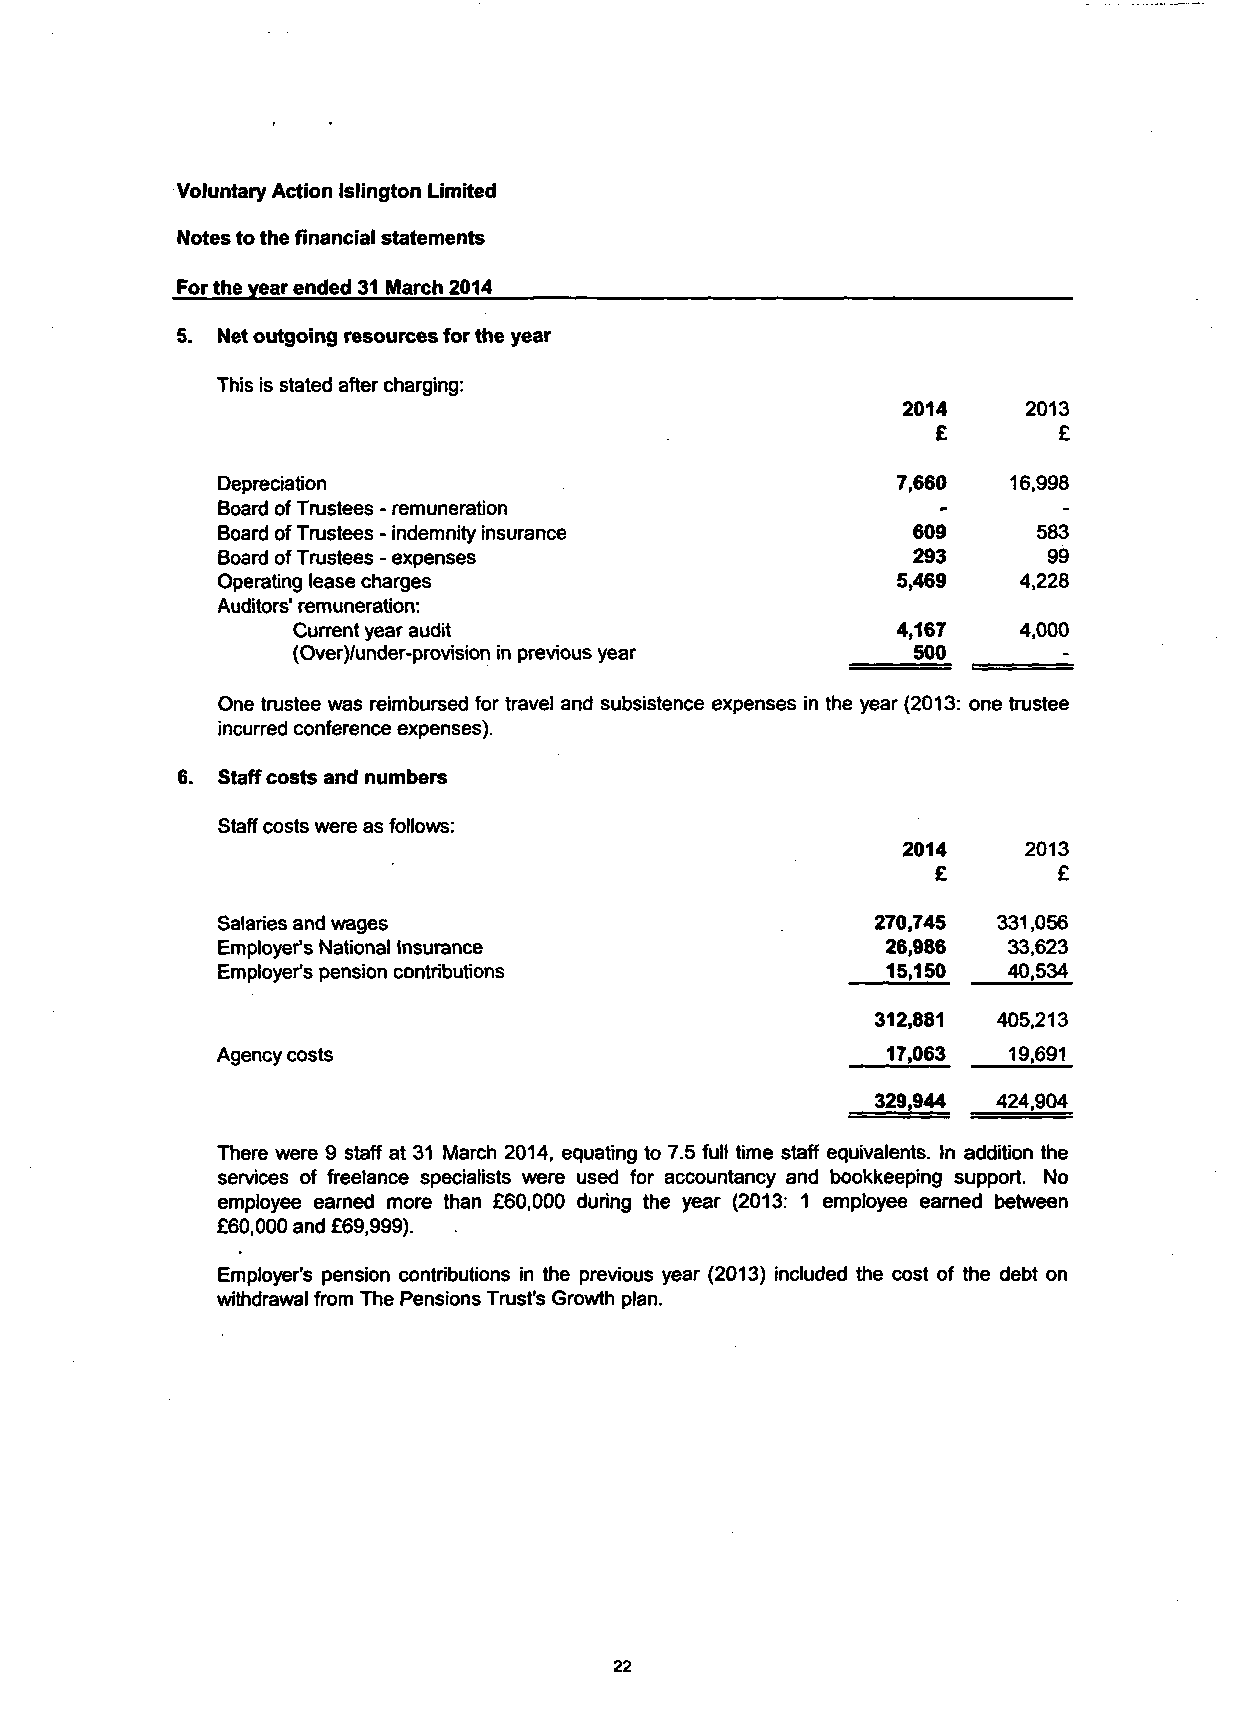
Voluntary Action Islington Limited
 Notes to the financial statements
 For the year ended 31 March 2014
 Net outgoing resources for the year
 This is stated after charging:
 2014    2013
 £       £
 Depreciation                                 7,660   16,998
 Board of Trustees - remuneration
 Board of Trustees - indemnity insurance       609      583
 Board of Trustees - expenses                  293      99
 Operating lease charges                      5,469   4,228
 Auditors' remuneration:
 Current year audit                      4,167   4,000
 (Over)/under-provision in previous year  500       -
 e year (2013:o ne trustee
 incurred conference expenses).
 Staff costs and numbers
 Staff costs were as follows:
 2014    2013
 £       £
 Salaries and wages                          270,745 331,056
 Employer's National Insurance                26,986  33,623
 Employer's pension contributions             15,150  40,534
 312,881 405,213
 Agency costs                                 17,063  19,691
 329,944 424,904
 There were 9 staff at 31 March 2014, equating to 7.5 full time staff equivalents. In addition the
 services of freelance specialists were used for accountancy and bookkeeping support. No
 employee earned more than £60,000 during the year (2013: 1 employee earned between
 £60,000 and £69,999).
 Employer's pension contributions in the previous year (2013) included the cost of the debt on
 withdrawal from The Pensions Trust's Growth plan.
 22